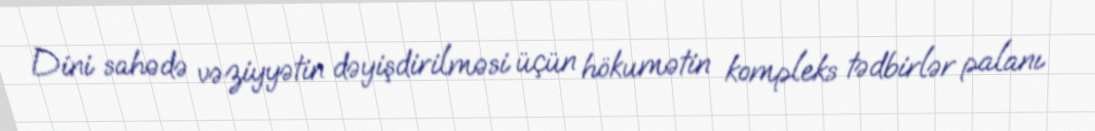
Dini sahədə vəziyyətin dəyişdirilməsi üçün hökumətin kompleks tədbirlər palanı